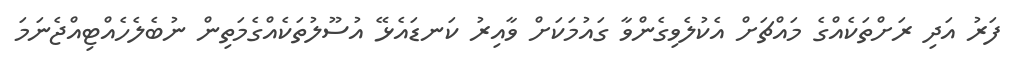
ފަރު އަދި ރަށްތަކެއްގެ މައްޗަށް އެކުލެވިގެންވާ ގައުމަކަށް ވާއިރު ކަނޑައެޅޭ އުސޫލުތަކެއްގެމަތިން ނުބެލެހެއްޓިއްޖެނަމަ